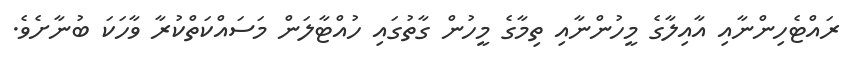
ރައްޓެހިންނާއި އާއިލާގެ މީހުންނާއި ތިމާގެ މީހުން ގާތުގައި ހުއްޓާލަން މަސައްކަތްކުރާ ވާހަކަ ބުނާށެވެ.